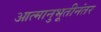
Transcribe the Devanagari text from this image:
आत्मानुभूतीनंतर